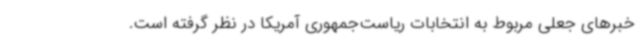
خبرهای جعلی مربوط به انتخابات ریاست‌جمهوری آمریکا در نظر گرفته است.